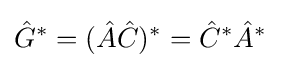
{\hat {G}}^{*}=({\hat {A}}{\hat {C}})^{*}={\hat {C}}^{*}{\hat {A}}^{*}